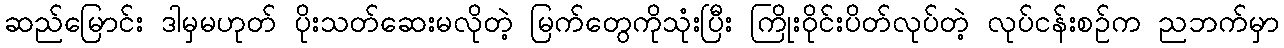
ဆည်မြောင်း ဒါမှမဟုတ် ပိုးသတ်ဆေးမလိုတဲ့ မြက်တွေကိုသုံးပြီး ကြိုးဝိုင်းပိတ်လုပ်တဲ့ လုပ်ငန်းစဉ်က ညဘက်မှာ